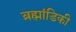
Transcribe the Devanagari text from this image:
ब्रह्मांडिकी